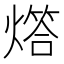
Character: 𤏧